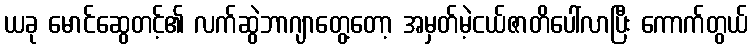
ယခု မောင်ဆွေတင့်၏ လက်ဆွဲဘာဂျာတွေ့တော့ အမှတ်မဲ့ငယ်ဇာတိပေါ်လာပြီး ကောက်တွယ်